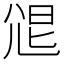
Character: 𡯧